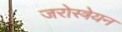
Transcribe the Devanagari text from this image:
जरोस्त्रेयन